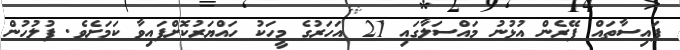
ފައިސާތައް ފޭރެން އުޅުނު މައްސަލާގައި 21 އަހަރުގެ މީހަކު ހައްޔަރުކޮށްފައިވާ ކަމަށެވެ. ފުލުހުން